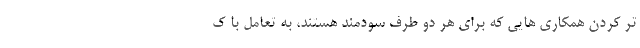
تر کردن همکاری هایی که برای هر دو طرف سودمند هستند، به تعامل با ک